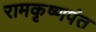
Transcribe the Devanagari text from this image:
रामकृष्णपंत